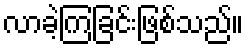
လာခဲ့ကြခြင်းဖြစ်သည်။